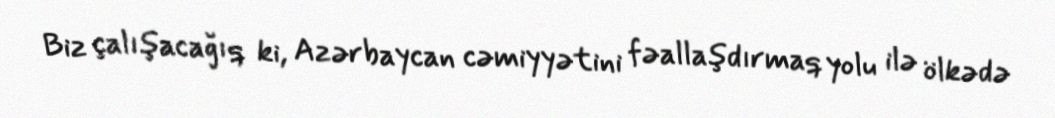
Biz çalışacağıq ki, Azərbaycan cəmiyyətini fəallaşdırmaq yolu ilə ölkədə